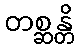
တစ္ဆန္တိ